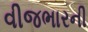
વીજભારની